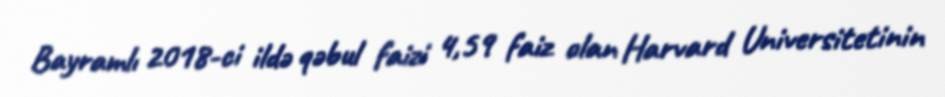
Bayramlı 2018-ci ildə qəbul faizi 4,59 faiz olan Harvard Universitetinin